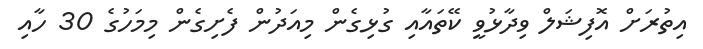
އިތުރަށް އޮފިޝަލް ވިދާޅުވީ ކޭތައާއި ގުޅިގެން މިއަދުން ފެށިގެން މިމަހުގެ 30 ހާއި